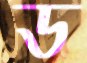
ড